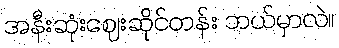
အနီးဆုံးဈေးဆိုင်တန်း ဘယ်မှာလဲ။